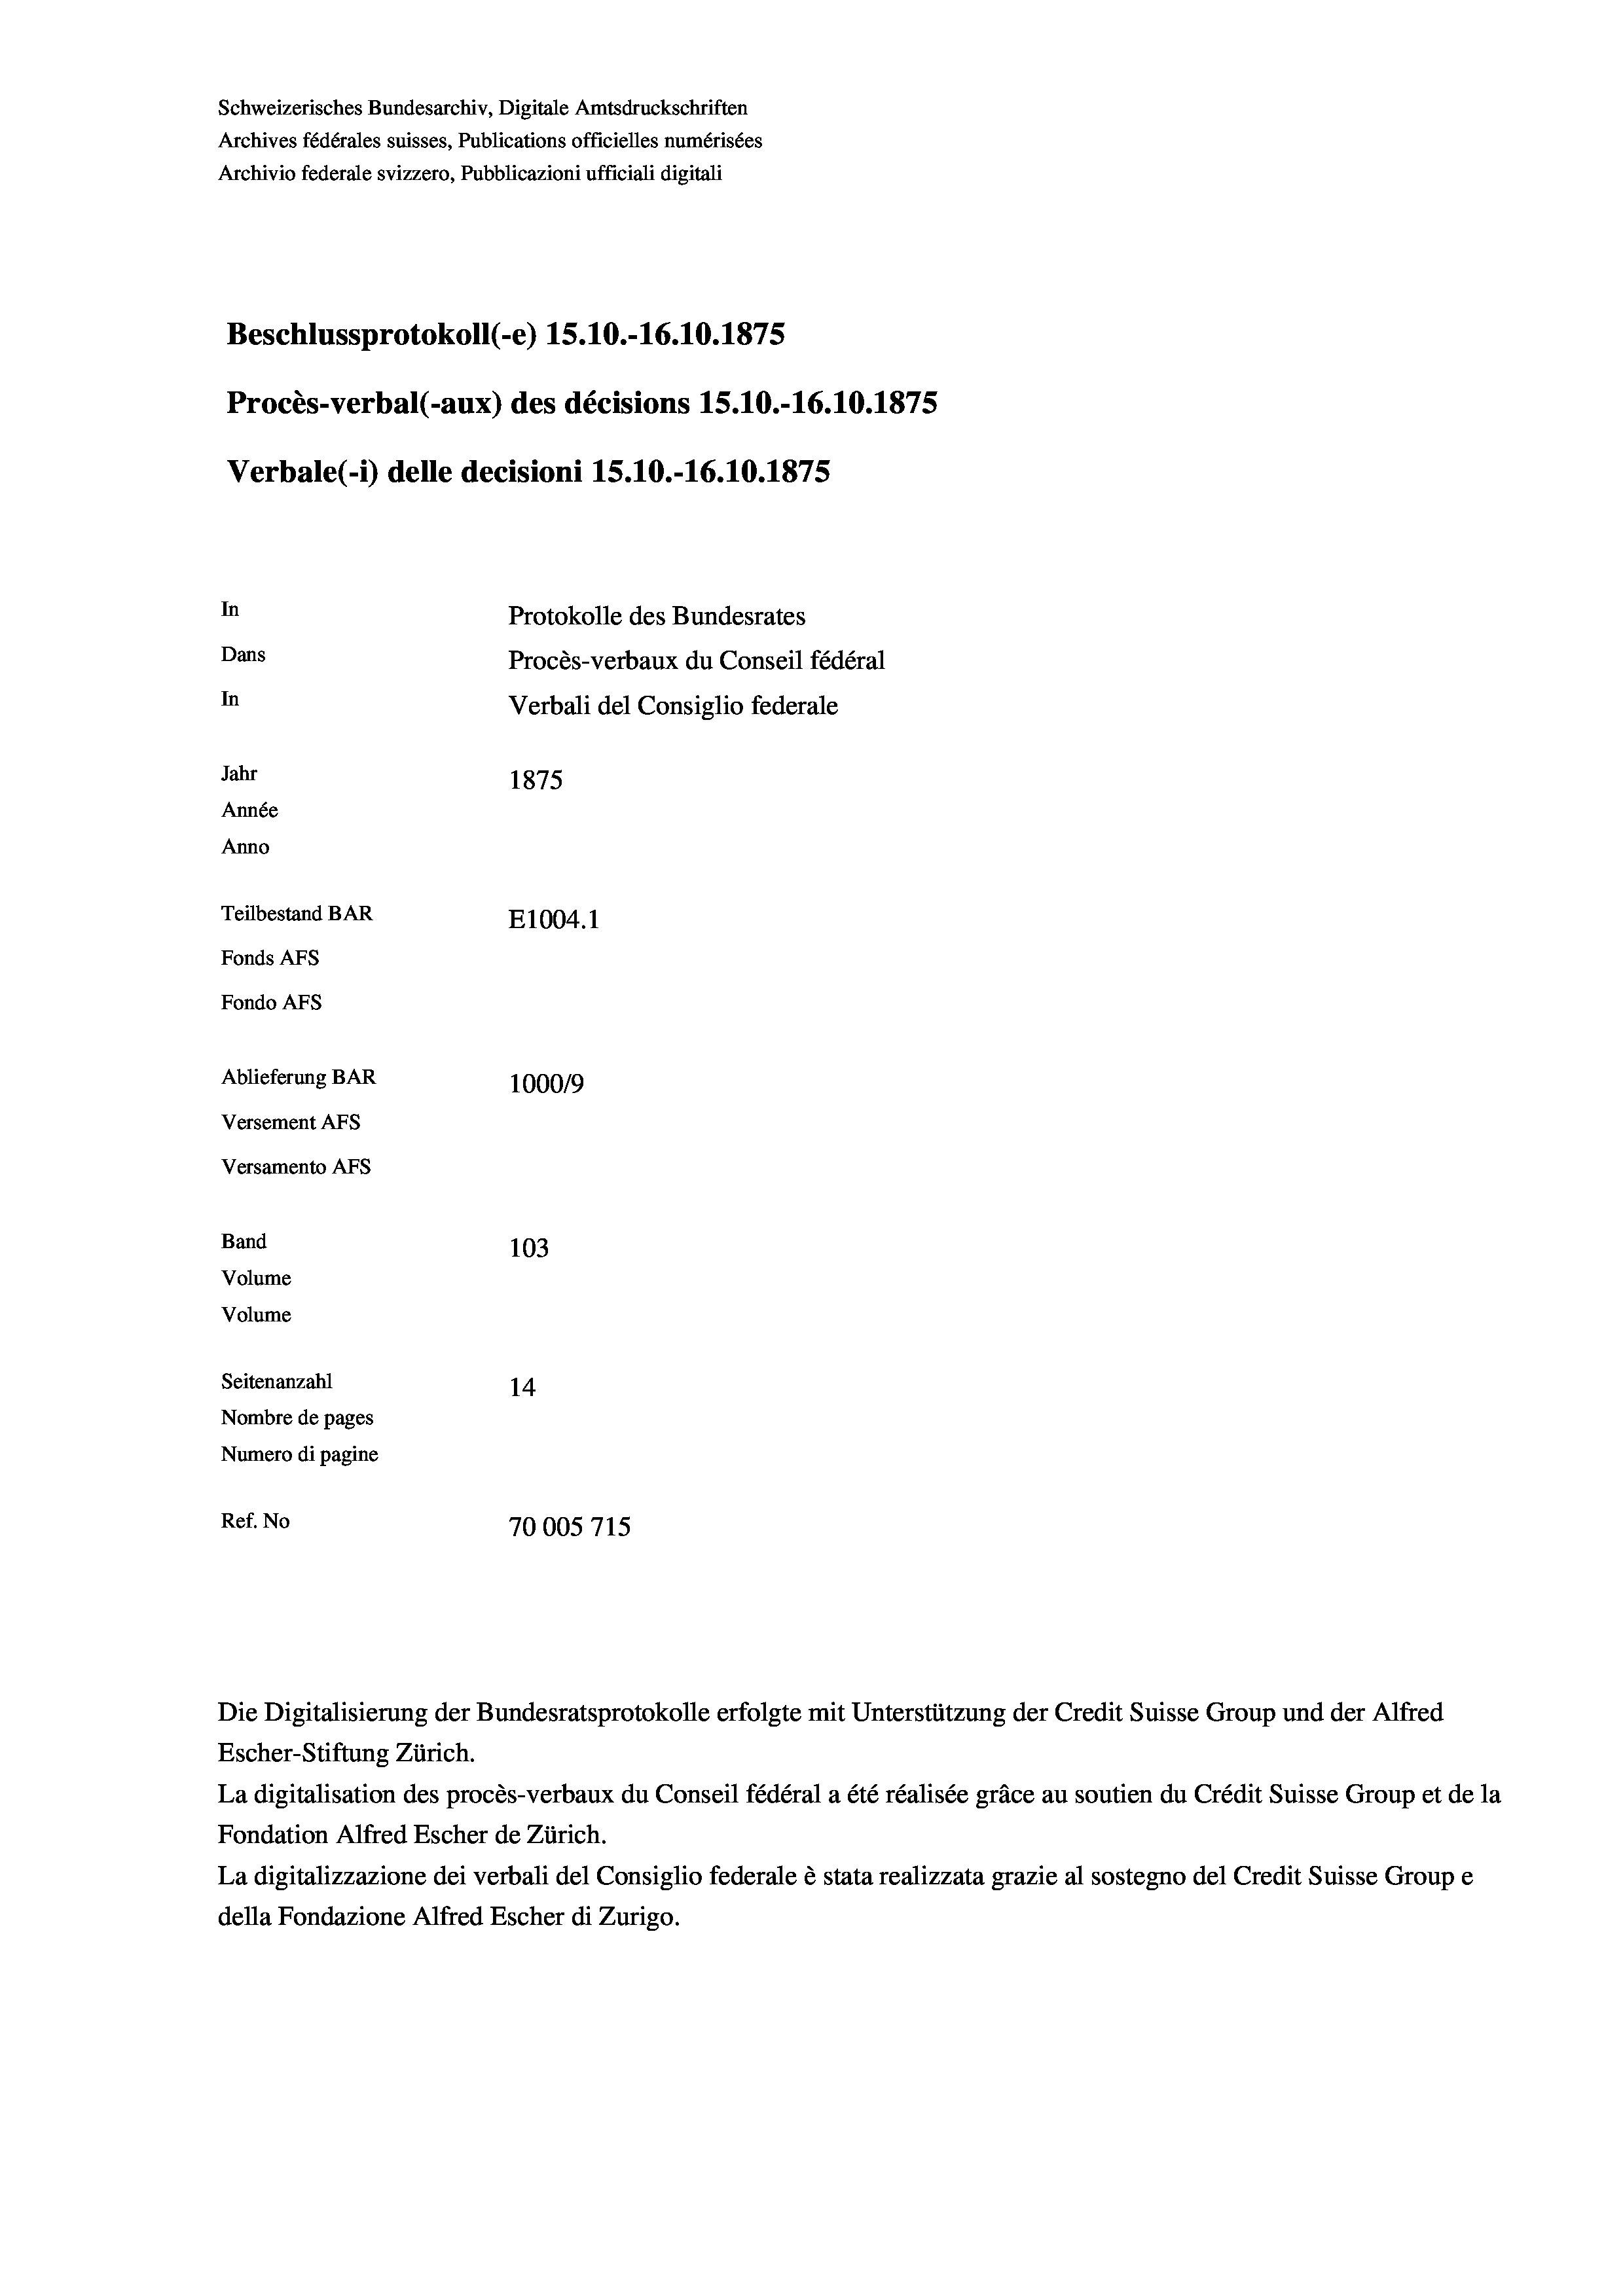
Schweizerisches Bundesarchiv, Digitale Amtsdruckschriften
Archives fédérales suisses, Publications officielles numérisées
Archivio federale svizzero, Pubblicazioni ufficiali digitali
Beschlussprotokoll (-e) 15.10.-16.10.1875
Procès-verbal (-aux) des décisions 15.10.-16.10.1875
Verbale(*) delle decisioni 15.10.-16.10.1875
In
Protokolle des Bundesrates
Dans
Procès-verbaux du Conseil fédéral
In
Verbali del Consiglio federale
Jahr
1875
Année
Anno
Teilbestand BAR
E1004. 1
Fonds AFs
Fondo Afs
Ablieferung BAR
100019
Versement AFs
Versamento AFS
Band
103
Volume
Volume
Seitenanzahl
14
Nombre de pages
Numero di pagine
Ref. No
70005715

Die Digitalisierung der Bundesratsprotokolle erfolgte mit Unterstützung der Credit Suisse Group und der Alfred
Escher-Stiftung Zürich.
La digitalisation des procès-verbaux du Conseil fédéral a été réalisée gräce au soutien du Crédit Suisse Group et de la
Fondation Alfred Escher de Zürich.
La digitalizzazione dei verbali del Consiglio federale è stata realizzata grazie al sostegno del Credit Suisse Groupe
della Fondazione Alfred Escher di Zurigo.